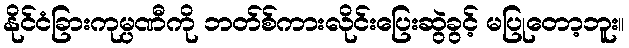
နိုင်ငံခြားကုမ္ပဏီကို ဘတ်စ်ကားလိုင်းပြေးဆွဲခွင့် မပြုတော့ဘူး။